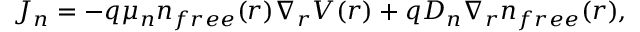
J _ { n } = - q \mu _ { n } n _ { f r e e } ( r ) \nabla _ { r } V ( r ) + q D _ { n } \nabla _ { r } n _ { f r e e } ( r ) ,